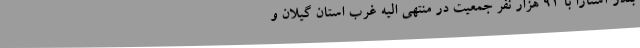
بندر آستارا با ۹۱ هزار نفر جمعیت در منتهی الیه غرب استان گیلان و